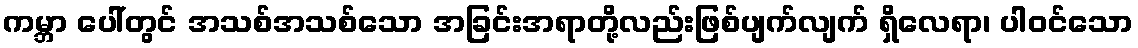
ကမ္ဘာ ပေါ်တွင် အသစ်အသစ်သော အခြင်းအရာတို့လည်းဖြစ်ပျက်လျက် ရှိလေရာ၊ ပါဝင်သော